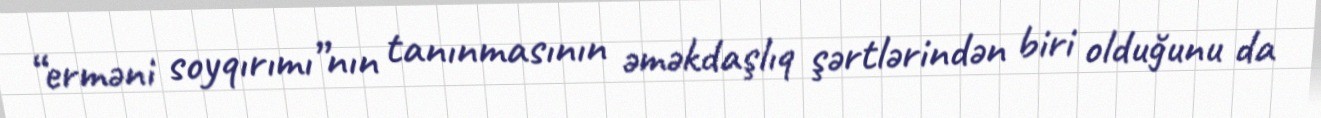
“erməni soyqırımı”nın tanınmasının əməkdaşlıq şərtlərindən biri olduğunu da